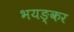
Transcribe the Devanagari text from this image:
भयङ्कर